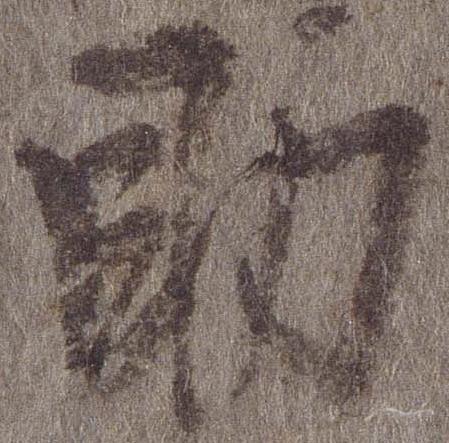
助